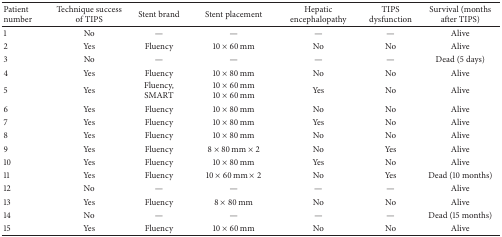
| Patient number | Technique success of TIPS | Stent brand | Stent placement | Hepatic encephalopathy | TIPS dysfunction | Survival (months after TIPS) |
 | --- | --- | --- | --- | --- | --- | --- |
 | 1 | No | — | — | — | — | Alive |
 | 2 | Yes | Fluency | 10 × 60 mm | No | No | Alive |
 | 3 | No | — | — | — | — | Dead (5 days) |
 | 4 | Yes | Fluency | 10 × 80 mm | No | No | Alive |
 | 5 | Yes | Fluency, SMART | 10 × 60 mm 10 × 60 mm | Yes | No | Alive |
 | 6 | Yes | Fluency | 10 × 80 mm | No | No | Alive |
 | 7 | Yes | Fluency | 10 × 80 mm | Yes | No | Alive |
 | 8 | Yes | Fluency | 10 × 80 mm | No | No | Alive |
 | 9 | Yes | Fluency | 8 × 80 mm × 2 | No | Yes | Alive |
 | 10 | Yes | Fluency | 10 × 80 mm | Yes | No | Alive |
 | 11 | Yes | Fluency | 10 × 60 mm × 2 | No | Yes | Dead (10 months) |
 | 12 | No | — | — | — | — | Alive |
 | 13 | Yes | Fluency | 8 × 80 mm | No | No | Alive |
 | 14 | No | — | — | — | — | Dead (15 months) |
 | 15 | Yes | Fluency | 10 × 60 mm | No | No | Alive |